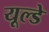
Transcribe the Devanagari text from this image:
यूल्डे